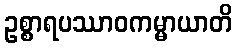
ဥစ္စာရပဿာဝကမ္မာယာတိ